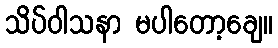
သိပ်ဝါသနာ မပါတော့ချေ။